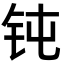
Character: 钝